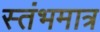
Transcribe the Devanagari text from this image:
स्तंभमात्र